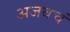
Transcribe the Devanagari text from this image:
अजबचं